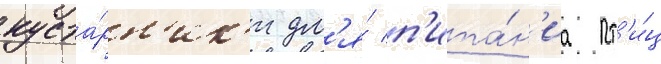
куста́рн'ик'и дл'я́ п'ита́н'иа пт'и́ц